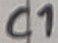
Text: C1